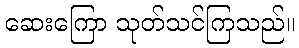
ဆေးကြော သုတ်သင်ကြသည်။